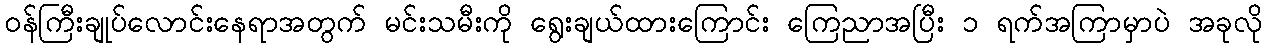
၀န်ကြီးချုပ်လောင်းနေရာအတွက် မင်းသမီးကို ရွေးချယ်ထားကြောင်း ကြေညာအပြီး ၁ ရက်အကြာမှာပဲ အခုလို